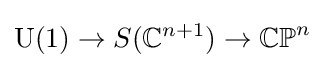
{\mbox{U}}(1)\to S(\mathbb {C} ^{n+1})\to \mathbb {CP} ^{n}